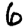
Digit: 6